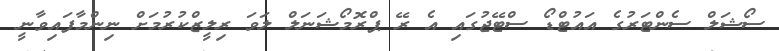
ސޯޝަލް ސެންޓަރުގެ އައުޓްޑޯ ސްޓޭޖުގައި އެ ރޭ ޕްރޮމޯޝަނަލް ލަވަ ރިލީޒްކުރުމަށް ނިންމާފައިވާނީ